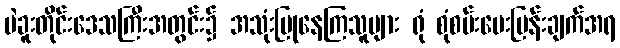
ပဲခူးတိုင်းဒေသကြီးအတွင်း၌ အသုံးပြုနေကြသူများ ရုံ စုံစမ်းမေးမြန်းချက်အရ